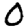
Digit: 0